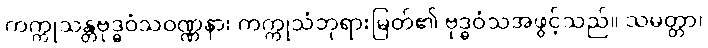
ကက္ကုသန္တဗုဒ္ဓဝံသဝဏ္ဏနာ၊ ကက္ကုသံဘုရားမြတ်၏ ဗုဒ္ဓဝံသအဖွင့်သည်။ သမတ္တာ၊